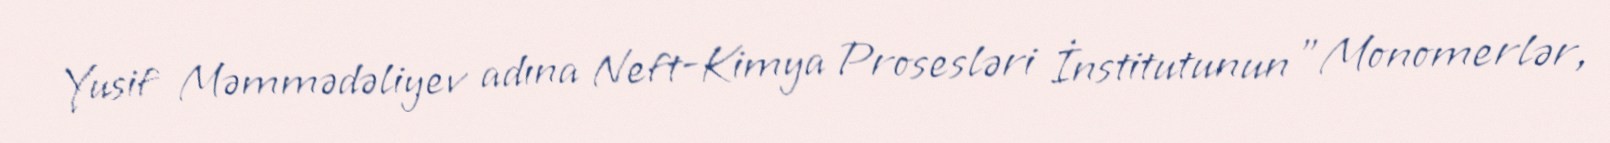
Yusif Məmmədəliyev adına Neft-Kimya Prosesləri İnstitutunun "Monomerlər,